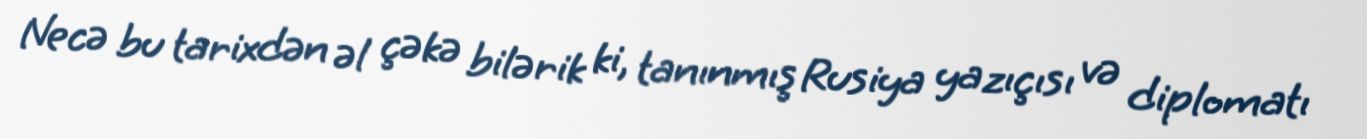
Necə bu tarixdən əl çəkə bilərik ki, tanınmış Rusiya yazıçısı və diplomatı